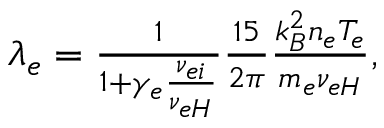
\begin{array} { r } { \lambda _ { e } = \frac { 1 } { 1 + \gamma _ { e } \frac { \nu _ { e i } } { \nu _ { e H } } } \frac { 1 5 } { 2 \pi } \frac { k _ { B } ^ { 2 } n _ { e } T _ { e } } { m _ { e } \nu _ { e H } } , } \end{array}